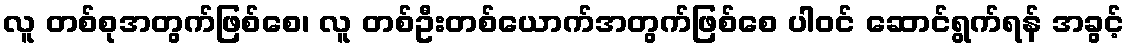
လူ တစ်စုအတွက်ဖြစ်စေ၊ လူ တစ်ဦးတစ်ယောက်အတွက်ဖြစ်စေ ပါဝင် ဆောင်ရွက်ရန် အခွင့်